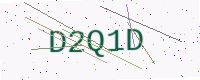
Text: D2Q1D